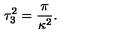
\tau _ { 3 } ^ { 2 } = { \frac { \pi } { \kappa ^ { 2 } } } .